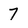
Character: 7